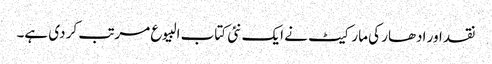
نقد اور ادھار کی مارکیٹ نے ایک نئی کتاب البیوع مرتب کر دی ہے۔